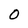
Character: O